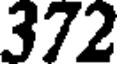
372